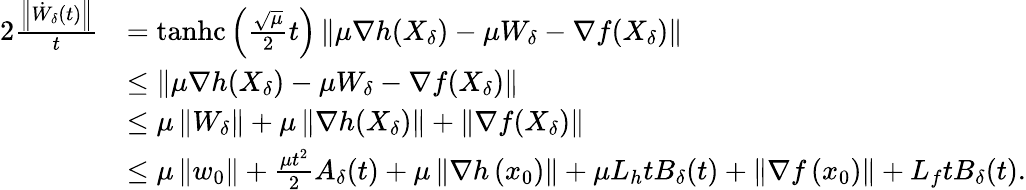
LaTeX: \begin{array}{rl}{2\frac{\left\Vert\dot{W}_{\delta}(t)\right\Vert}{t}}&{=\operatorname{tanhc}\left(\frac{\sqrt{\mu}}{2}t\right)\left\Vert\mu\nabla h(X_{\delta})-\mu W_{\delta}-\nabla f(X_{\delta})\right\Vert}\\ &{\leq\left\Vert\mu\nabla h(X_{\delta})-\mu W_{\delta}-\nabla f(X_{\delta})\right\Vert}\\ &{\leq\mu\left\Vert W_{\delta}\right\Vert+\mu\left\Vert\nabla h(X_{\delta})\right\Vert+\left\Vert\nabla f(X_{\delta})\right\Vert}\\ &{\leq\mu\left\Vert w_{0}\right\Vert+\frac{\mu t^{2}}{2}A_{\delta}(t)+\mu\left\Vert\nabla h\left(x_{0}\right)\right\Vert+\mu L_{h}tB_{\delta}(t)+\left\Vert\nabla f\left(x_{0}\right)\right\Vert+L_{f}tB_{\delta}(t).}\end{array}